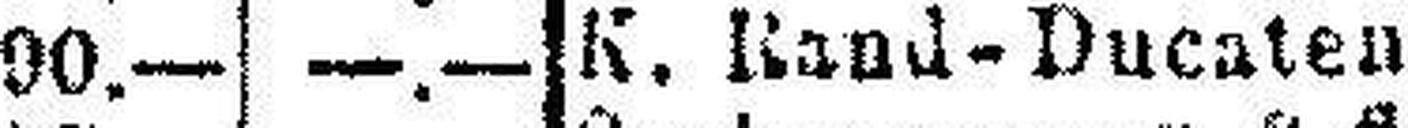
K. Band-Ducaten